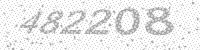
Solution: 482208